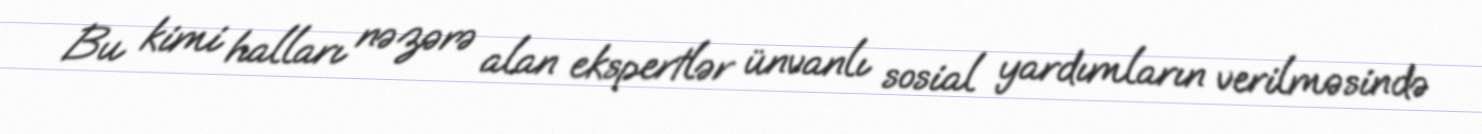
Bu kimi halları nəzərə alan ekspertlər ünvanlı sosial yardımların verilməsində